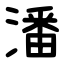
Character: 潘